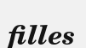
filles